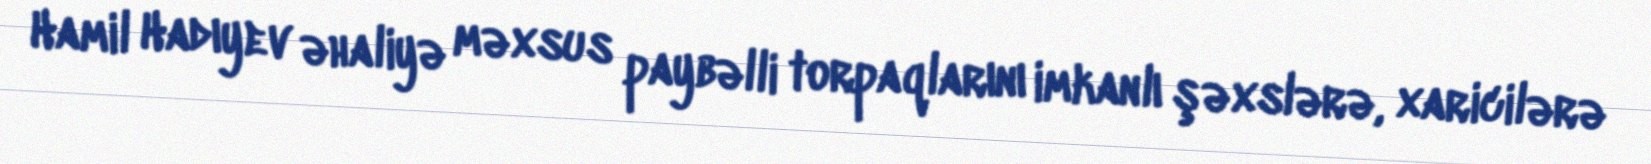
Hamil Hadıyev əhaliyə məxsus paybəlli torpaqlarını imkanlı şəxslərə, xaricilərə